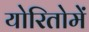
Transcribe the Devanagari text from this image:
योरितोमें